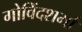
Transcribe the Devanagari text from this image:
गोविंदशर्मा